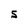
Character: S